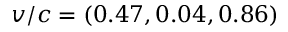
v / c = ( 0 . 4 7 , 0 . 0 4 , 0 . 8 6 )